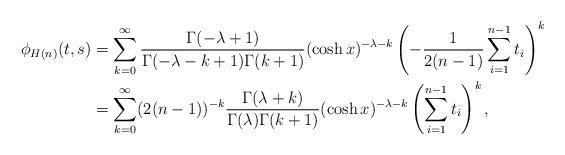
LaTeX: \begin{align*} \phi_{H(n)}(t,s) & = \sum_{k=0}^\infty \frac{\Gamma(-\lambda+1)}{\Gamma(-\lambda-k+1)\Gamma(k+1)} (\cosh x)^{-\lambda-k}\left(-\frac{1}{2(n-1)} \sum_{i=1}^{n-1} t_i\right)^k \\ & = \sum_{k=0}^\infty (2(n-1))^{-k}\frac{\Gamma(\lambda+k)}{\Gamma(\lambda)\Gamma(k+1)} (\cosh x)^{-\lambda-k} \left(\sum_{i=1}^{n-1} t_i\right)^k,\end{align*}